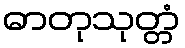
ဓာတုသုတ္တံ